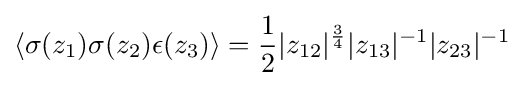
\left\langle \sigma (z_{1})\sigma (z_{2})\epsilon (z_{3})\right\rangle ={\frac {1}{2}}|z_{12}|^{\frac {3}{4}}|z_{13}|^{-1}|z_{23}|^{-1}